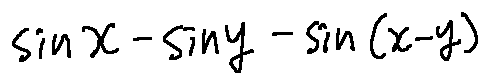
\sin x - \sin y - \sin ( x - y )